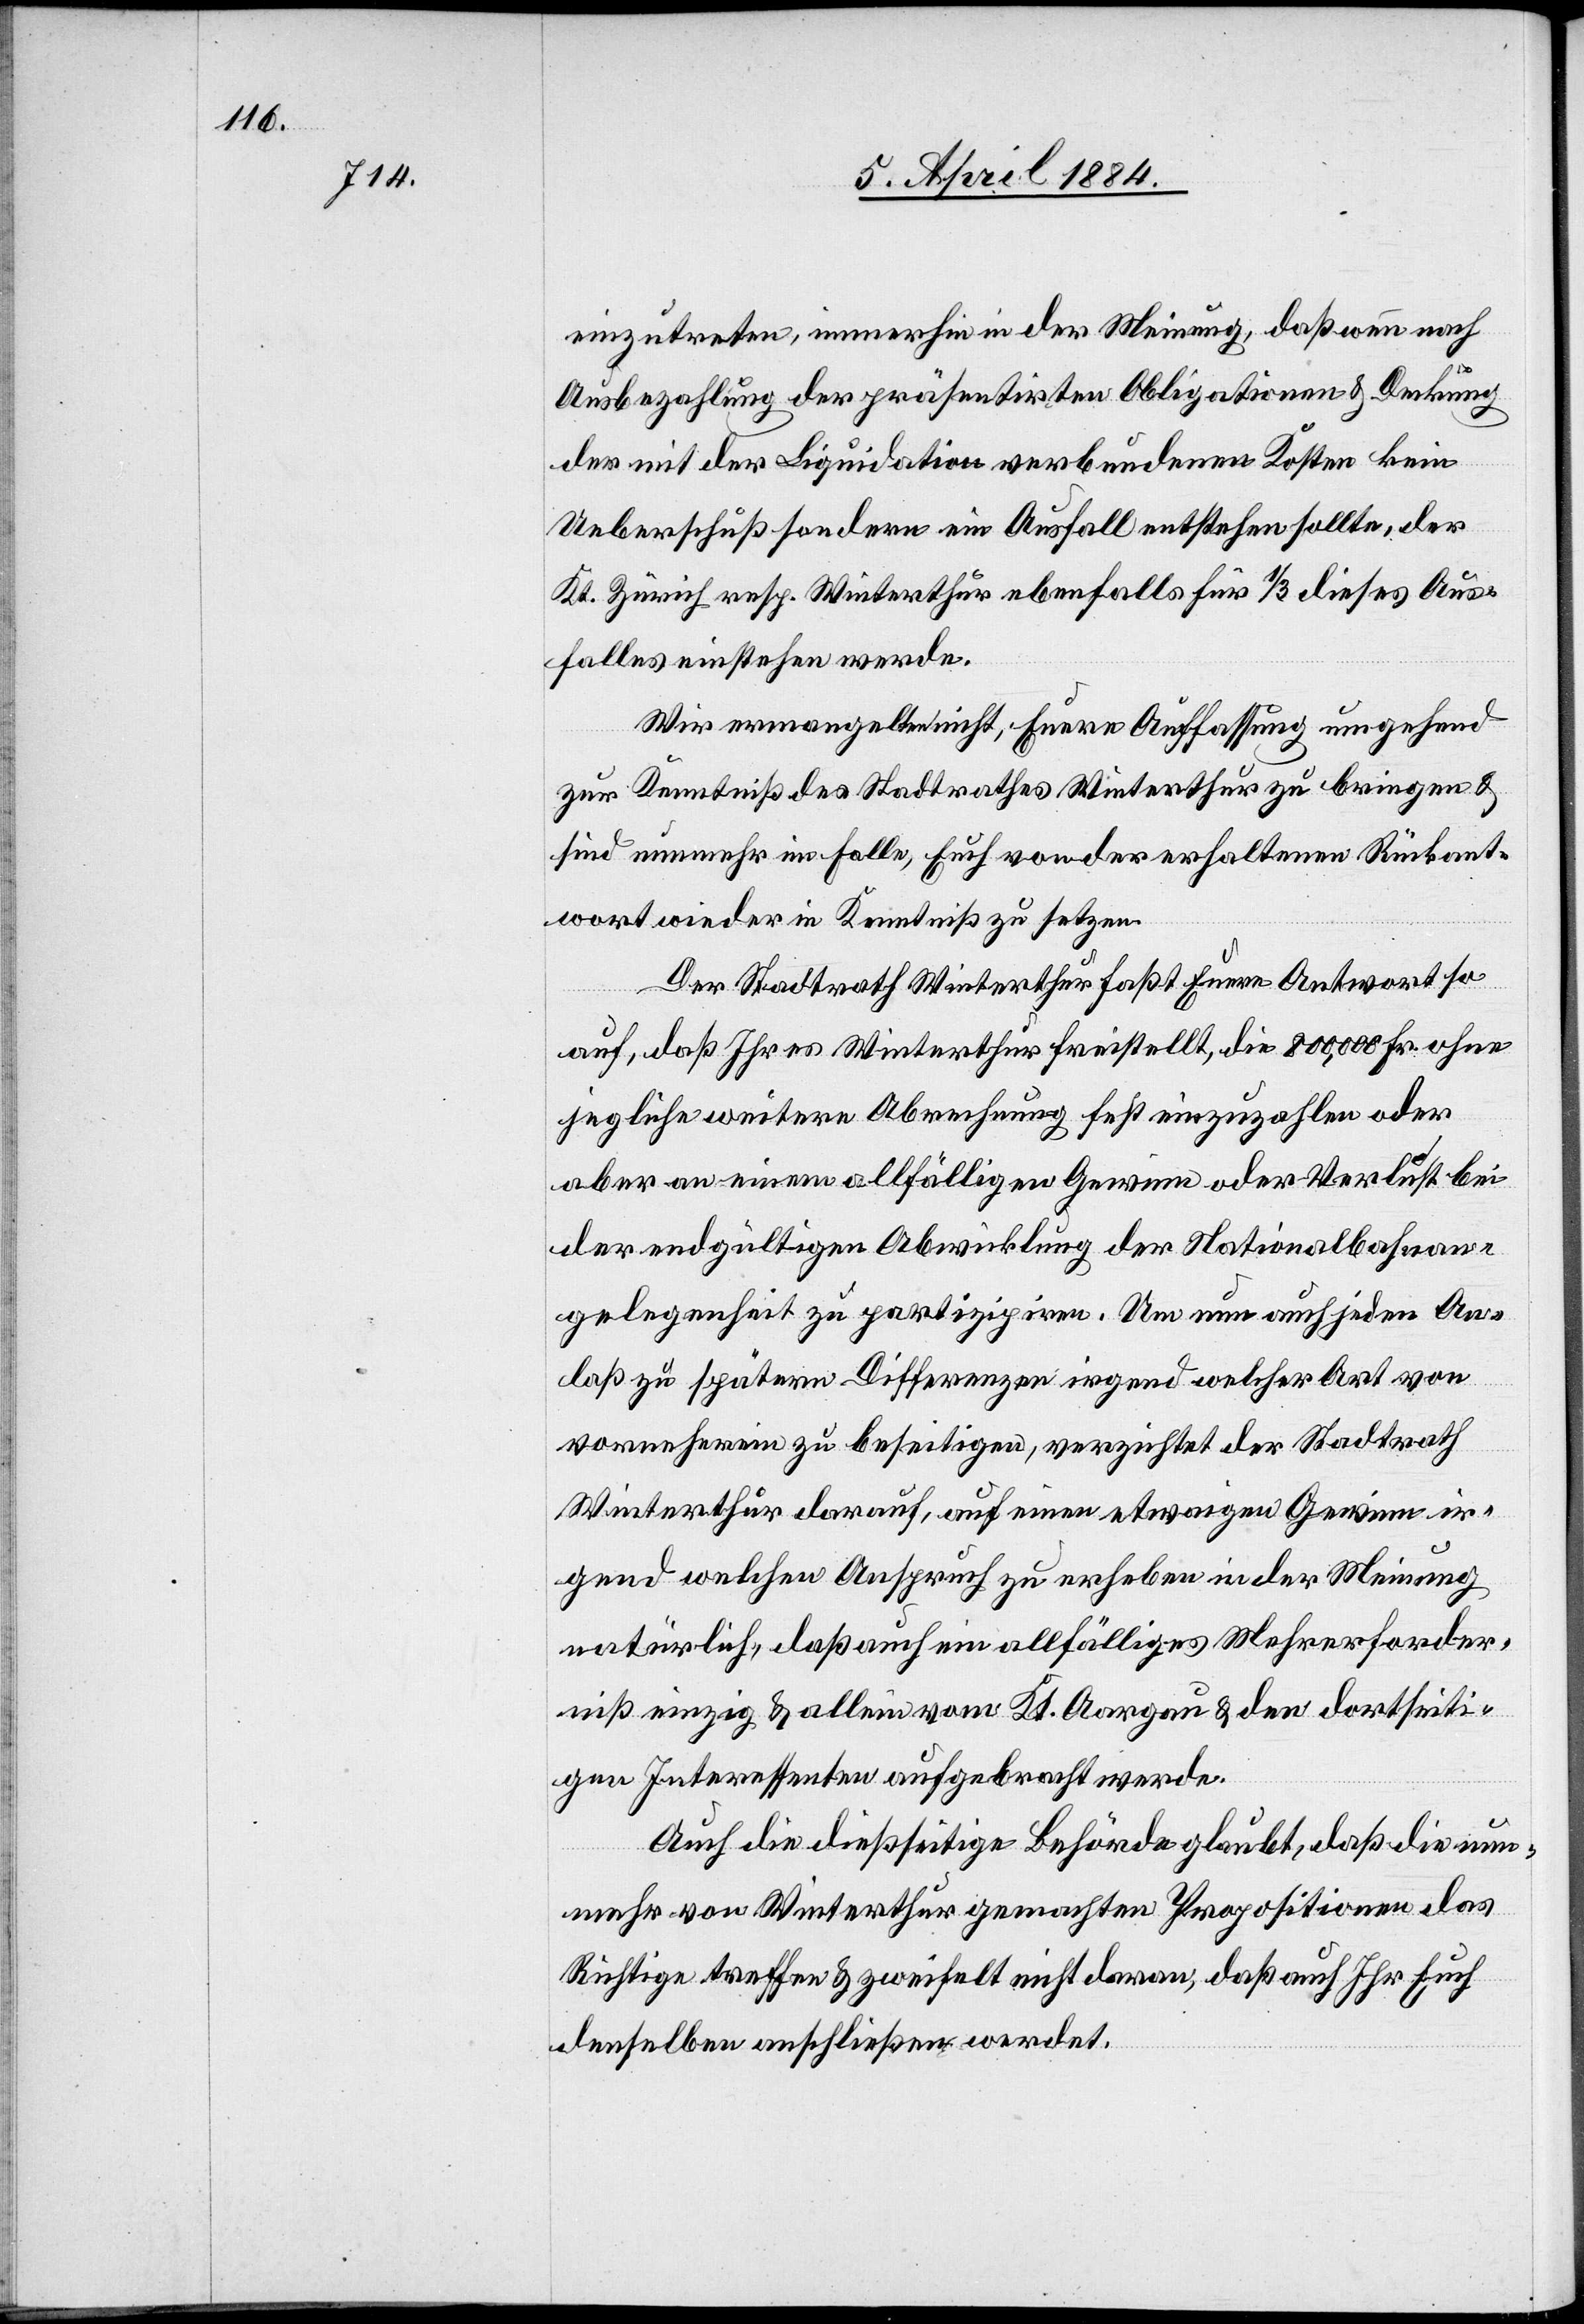
einzutreten, immerhin in der Meinung, daß wenn nach
Ausbezahlung der präsentirten Obligationen & Deckung
der mit der Liquidation verbundenen Kosten kein
Ueberschuß sondern ein Ausfall entstehen sollte, der
Kt. Zürich resp. Winterthur ebenfalls für 1/3 dieses Aus¬
falles einstehen werde.
Wir ermangelten nicht, Euere Auffassung umgehend
zur Kenntniß des Stadtrathes Winterthur zu bringen &
sind nunmehr im Falle, Euch von der erhaltenen Rückant¬
wort wieder in Kenntniß zu setzen.
Der Stadtrath Winterthur faßt Euere Antwort so
auf, daß Ihr es Winterthur freistellt, die 800,000 Fr. ohne
jegliche weitere Abrechnung fest einzuzahlen oder
aber an einem allfälligen Gewinn oder Verlust bei
der endgültigen Abwicklung der Nationalbahnan¬
gelegenheit zu partizipiren. Um nun auch jeden An¬
laß zu späteren Differenzen irgend welcher Art von
vorneherein zu beseitigen, verzichtet der Stadtrath
Winterthur darauf, auf einen etwaigen Gewinn ir¬
gend welchen Anspruch zu erheben in der Meinung
natürlich, daß auch ein allfälliges Mehrerforder¬
niß einzig & allein vom Kt. Aargau & den dortseiti¬
gen Interessenten aufgebracht werde.
Auch die dießseitige Behörde glaubt, daß die nun¬
mehr von Winterthur gemachten Propositionen das
Richtige treffen & zweifelt nicht daran, daß auch Ihr Euch
denselben anschließen werdet.